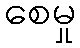
စေမှု